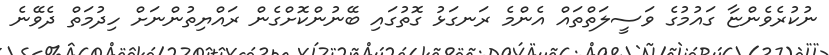
ނުކުރެވެންޏާ ގައުމުގެ ވަސީލަތްތައް އެންމެ ރަނގަޅު ގޮތުގައި ބޭނުންކޮށްގެން ރައްޔިތުންނަށް ހިދުމަތް ދެވޭނެ